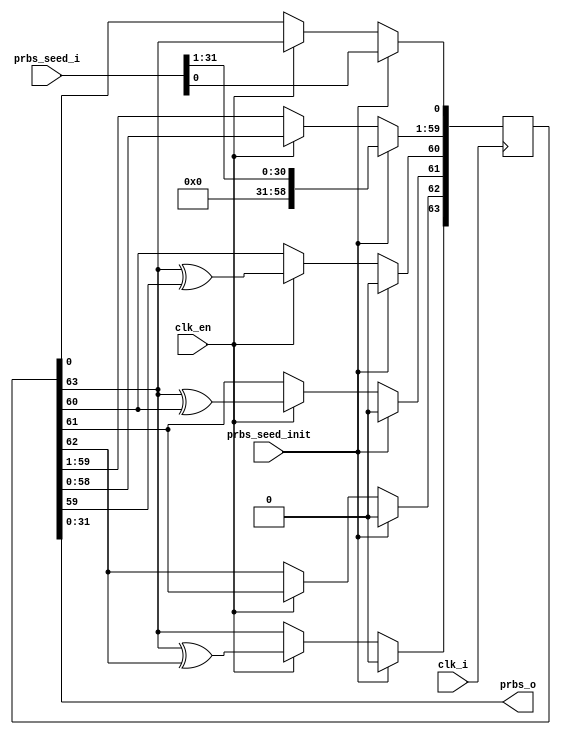
//*****************************************************************************
// (c) Copyright 2008-2009 Xilinx, Inc. All rights reserved.
//
// This file contains confidential and proprietary information
// of Xilinx, Inc. and is protected under U.S. and
// international copyright and other intellectual property
// laws.
//
// DISCLAIMER
// This disclaimer is not a license and does not grant any
// rights to the materials distributed herewith. Except as
// otherwise provided in a valid license issued to you by
// Xilinx, and to the maximum extent permitted by applicable
// law: (1) THESE MATERIALS ARE MADE AVAILABLE "AS IS" AND
// WITH ALL FAULTS, AND XILINX HEREBY DISCLAIMS ALL WARRANTIES
// AND CONDITIONS, EXPRESS, IMPLIED, OR STATUTORY, INCLUDING
// BUT NOT LIMITED TO WARRANTIES OF MERCHANTABILITY, NON-
// INFRINGEMENT, OR FITNESS FOR ANY PARTICULAR PURPOSE; and
// (2) Xilinx shall not be liable (whether in contract or tort,
// including negligence, or under any other theory of
// liability) for any loss or damage of any kind or nature
// related to, arising under or in connection with these
// materials, including for any direct, or any indirect,
// special, incidental, or consequential loss or damage
// (including loss of data, profits, goodwill, or any type of
// loss or damage suffered as a result of any action brought
// by a third party) even if such damage or loss was
// reasonably foreseeable or Xilinx had been advised of the
// possibility of the same.
//
// CRITICAL APPLICATIONS
// Xilinx products are not designed or intended to be fail-
// safe, or for use in any application requiring fail-safe
// performance, such as life-support or safety devices or
// systems, Class III medical devices, nuclear facilities,
// applications related to the deployment of airbags, or any
// other applications that could lead to death, personal
// injury, or severe property or environmental damage
// (individually and collectively, "Critical
// Applications"). Customer assumes the sole risk and
// liability of any use of Xilinx products in Critical
// Applications, subject only to applicable laws and
// regulations governing limitations on product liability.
//
// THIS COPYRIGHT NOTICE AND DISCLAIMER MUST BE RETAINED AS
// PART OF THIS FILE AT ALL TIMES.
//
//*****************************************************************************
//   ____  ____
//  /   /\/   /
// /___/  \  /    Vendor: Xilinx
// \   \   \/     Version: %version
//  \   \         Application: MIG
//  /   /         Filename: cmd_prbs_gen.v
// /___/   /\     Date Last Modified:
// \   \  /  \    Date Created:
//  \___\/\___\
//
//Device: Spartan6
//Design Name: DDR/DDR2/DDR3/LPDDR
//Purpose:  This moduel use LFSR to generate random address, isntructions
//          or burst_length.
//Reference:
//Revision History:     1.1 Added condition to zero out the LSB address bits according to
//                      DWIDTH and FAMILY. 7/9/2009       
//
//*****************************************************************************

`timescale 1ps/1ps

module mig_7series_v4_2_cmd_prbs_gen_axi #
  (
   parameter TCQ                 = 100,
   parameter FAMILY              = "SPARTAN6",
   parameter ADDR_WIDTH          = 29,
   parameter DWIDTH              = 32,
   parameter PRBS_CMD            = "ADDRESS", // "INSTR", "BLEN","ADDRESS"
   parameter PRBS_WIDTH          = 64,        //   64,15,20
   parameter SEED_WIDTH          = 32,        //   32,15,4

   parameter PRBS_EADDR_MASK_POS = 32'hFFFFD000,
   parameter PRBS_SADDR_MASK_POS = 32'h00002000,
   parameter PRBS_EADDR          = 32'h00002000,
   parameter PRBS_SADDR          = 32'h00002000
   )
  (
   input                         clk_i,
   input                         prbs_seed_init,  // when high the prbs_x_seed will be loaded
   input                         clk_en,
   input [SEED_WIDTH-1:0]        prbs_seed_i,
   output[SEED_WIDTH-1:0]        prbs_o           // generated address
  );

  wire[ADDR_WIDTH - 1:0]         ZEROS;
  reg [SEED_WIDTH - 1:0]         prbs;
  reg [PRBS_WIDTH :1]            lfsr_q;

assign ZEROS = 'b0;
//
//**************************************************************
//####################################################################################################################
//                                                                                                                   #
//                                                                                                                   #
// 64 taps: [64,63,61,60]: {{8'b01011000}, {56'b0}}                                                                  #
//  upper 32 bits are loadable                                                                                       #
//                                                                                                                   #
//
//
//     ........................................................................................
//         ^                  ^                      ^             ^                          |
//         |   ____           |  ___     ___         | ___         |  ___     ___     ___     |
//         |   |   |   |---|<-  |   |   |   | |---|<- |   |  |---|<- |   |...|   |   |   |    |  The first 32 bits are parallel loadable.
//         ----|64 |<--|xor|<-- |63 |-->|62 |-|xor|<--|61 |<-|xor|<--|60 |...|33 |<--|1|<<--
//             |___|    ---     |___|   |___|  ---    |___|   ---    |___|...|___|   |___|
//
//
//                                           <<-- shifting  --
//#####################################################################################################################

// use SRLC32E for lower 32 stages and 32 registers for upper 32 stages.
// we need to provide 30 bits addres. SRLC32 has only one bit output.
// address seed will be loaded to upper 32 bits.
//
//  parallel load and serial shift out to  LFSR  during INIT time

generate
  if(PRBS_CMD == "ADDRESS" && PRBS_WIDTH == 64) begin :gen64_taps
    always @ (posedge clk_i) begin
      if(prbs_seed_init) begin//reset it to a known good state to prevent it locks up
        lfsr_q <= #TCQ {31'b0,prbs_seed_i};
      end else if(clk_en) begin
        lfsr_q[64] <= #TCQ lfsr_q[64] ^ lfsr_q[63];
        lfsr_q[63] <= #TCQ lfsr_q[62];
        lfsr_q[62] <= #TCQ lfsr_q[64] ^ lfsr_q[61];
        lfsr_q[61] <= #TCQ lfsr_q[64] ^ lfsr_q[60];
        lfsr_q[60:2] <= #TCQ lfsr_q[59:1];
        lfsr_q[1] <= #TCQ lfsr_q[64];
      end
    end

    always @(lfsr_q[32:1]) begin
      prbs = lfsr_q[32:1];
    end
  end
endgenerate

function integer logb2;
  input [31:0] in;
  integer i;
  begin
    i = in;
      for(logb2=1; i>0; logb2=logb2+1)
        i = i >> 1;
  end
endfunction

generate
  if(PRBS_CMD == "ADDRESS" && PRBS_WIDTH == 32) begin :gen32_taps
    always @ (posedge clk_i) begin
      if(prbs_seed_init) begin //reset it to a known good state to prevent it locks up
        lfsr_q <= #TCQ {prbs_seed_i};
      end else if(clk_en) begin
        lfsr_q[32:9] <= #TCQ lfsr_q[31:8];
        lfsr_q[8]    <= #TCQ lfsr_q[32] ^ lfsr_q[7];
        lfsr_q[7]    <= #TCQ lfsr_q[32] ^ lfsr_q[6];
        lfsr_q[6:4]  <= #TCQ lfsr_q[5:3];

        lfsr_q[3]    <= #TCQ lfsr_q[32] ^ lfsr_q[2];
        lfsr_q[2]    <= #TCQ lfsr_q[1] ;
        lfsr_q[1]    <= #TCQ lfsr_q[32];
      end
    end

    integer i;
    always @(lfsr_q[32:1]) begin
    
     if (FAMILY == "SPARTAN6" ) begin  // for 32 bits
    
      for(i = logb2(DWIDTH) + 1; i <= SEED_WIDTH - 1; i = i + 1)

       if(PRBS_SADDR_MASK_POS[i] == 1)
          prbs[i] = PRBS_SADDR[i] | lfsr_q[i+1];
       else if(PRBS_EADDR_MASK_POS[i] == 1)
          prbs[i] = PRBS_EADDR[i] & lfsr_q[i+1];
       else
          prbs[i] =  lfsr_q[i+1];
          
       prbs[logb2(DWIDTH )  :0] = {logb2(DWIDTH ) + 1{1'b0}};         

      end
    else begin
     for(i = logb2(DWIDTH)-4; i <= SEED_WIDTH - 1; i = i + 1)
       if(PRBS_SADDR_MASK_POS[i] == 1)
          prbs[i] = PRBS_SADDR[i] | lfsr_q[i+1];
       else if(PRBS_EADDR_MASK_POS[i] == 1)
          prbs[i] = PRBS_EADDR[i] & lfsr_q[i+1];
       else
          prbs[i] =  lfsr_q[i+1];
     prbs[logb2(DWIDTH)-5:0] = {logb2(DWIDTH) - 4{1'b0}};

    end  
 
  end  
end endgenerate

//////////////////////////////////////////////////////////////////////////
//####################################################################################################################
//                                                                                                                   #
//                                                                                                                   #
// 15 taps: [15,14]:                                                                                                 #
//                                                                                         #
//                                                                                                                   #
//
//
//         .............................................................
//         ^                  ^              .                           ^
//         |   ____           |  ___     ___     ___     ___     ___     |
//         |   |   |   |---|<-  |   |   |   |   |   |...|   |   |   |    |
//         ----|15 |<--|xor|<-- |14 |<--|13 |<--|12 |...|2  |<--|1  |<<--
//             |___|    ---     |___|   |___|   |___|...|___|   |___|
//
//
//                                           <<-- shifting  --
//#####################################################################################################################

generate
  if(PRBS_CMD == "INSTR" | PRBS_CMD == "BLEN") begin :gen20_taps
    always @(posedge clk_i) begin
      if(prbs_seed_init) begin//reset it to a known good state to prevent it locks up
        lfsr_q <= #TCQ {5'b0,prbs_seed_i[14:0]};
      end else if(clk_en) begin
        lfsr_q[20]   <= #TCQ lfsr_q[19];
        lfsr_q[19]   <= #TCQ lfsr_q[18];

        lfsr_q[18]   <= #TCQ lfsr_q[20] ^lfsr_q[17];

        lfsr_q[17:2] <= #TCQ lfsr_q[16:1];
        lfsr_q[1]    <= #TCQ lfsr_q[20];
      end
    end

    always @ (lfsr_q) begin
      prbs = lfsr_q[32:1];
    end
  end
endgenerate

assign prbs_o = prbs;

endmodule